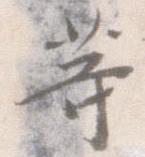
等